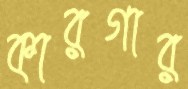
কারগার